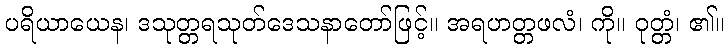
ပရိယာယေန၊ ဒသုတ္တရသုတ်ဒေသနာတော်ဖြင့်။ အရဟတ္တဖလံ၊ ကို။ ဝုတ္တံ၊ ၏။